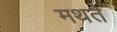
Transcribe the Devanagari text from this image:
मथते